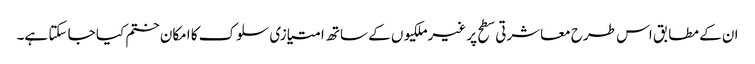
ان کے مطابق اس طرح معاشرتی سطح پر غیرملکیوں کے ساتھ امتیازی سلوک کا امکان ختم کیا جا سکتا ہے۔